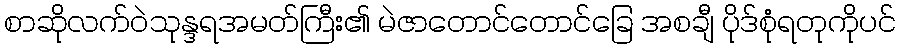
စာဆိုလက်ဝဲသုန္ဒရအမတ်ကြီး၏ မဲဇာတောင်တောင်ခြေ အစချီ ပိုဒ်စုံရတုကိုပင်